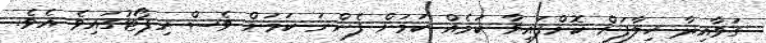
ގަވާއިދާ ހިލާފަށް ކޮށްފައިވާ ކަމެއް ކަމަށް ފެންނަ ކަމަށް ވެސް ރިޕޯޓުގައިވެ އެވެ.